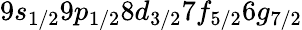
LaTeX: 9s_{1/2}9p_{1/2}8d_{3/2}7f_{5/2}6g_{7/2}